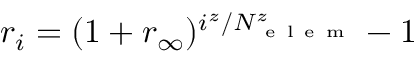
r _ { i } = ( 1 + r _ { \infty } ) ^ { i ^ { z } / N _ { \mathrm { ~ e ~ l ~ e ~ m ~ } } ^ { z } } - 1